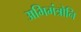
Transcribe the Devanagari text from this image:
अभिमंत्रोनि